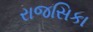
રાજસિકા